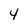
Character: y